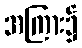
အကြား၌